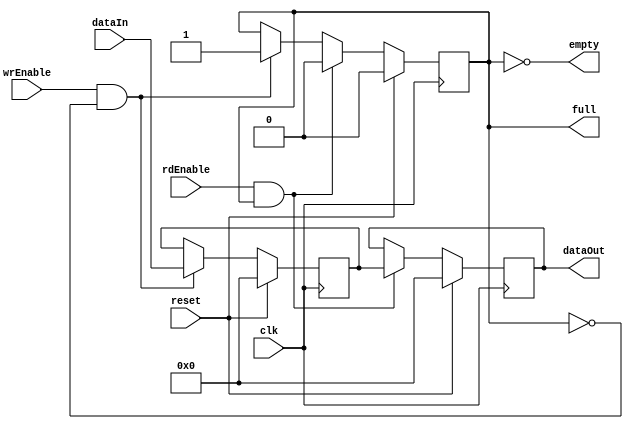
/*
*/
module bufferDepth1 #(
    parameter WIDTH = 64
) (
    input clk, reset,
    input wrEnable, rdEnable,
    input [WIDTH-1:0] dataIn,

    output [WIDTH-1:0] dataOut,
    output full, empty
);

    reg [WIDTH-1:0] memory;                     // Memory to store the data
    reg fullFlag;                               // Flag indicating buffer is full (1) or empty (0)
    reg [WIDTH-1:0] dataOutTemp;                // Temporary reg to store read data
    
    //----------------------------------------------------Continuous Assignment----------------------------------------------------//
    assign full = fullFlag;
    assign empty = ~fullFlag;
    assign dataOut = dataOutTemp;
    //------------------------------------------------------Procedural Block-------------------------------------------------------//
    
    always @(posedge clk) begin
        if (reset) begin
            memory <= 0;
            fullFlag <= 0;
            dataOutTemp <= 0;
        end
        else begin
            if (wrEnable & (!fullFlag)) begin
                memory <= dataIn;
                fullFlag <= 1;
            end
            if (rdEnable & fullFlag) begin
                dataOutTemp <= memory;
                fullFlag <= 0;
            end
        end
    end
endmodule